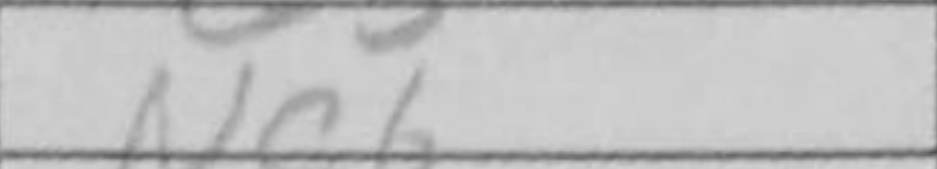
Transcription: Nc6